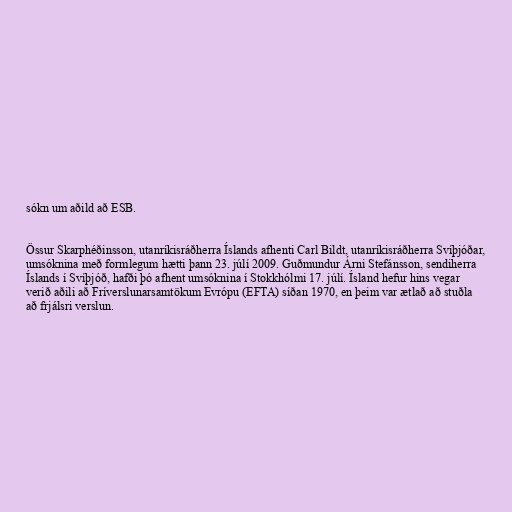
sókn um aðild að ESB.

Össur Skarphéðinsson, utanríkisráðherra Íslands afhenti Carl Bildt, utanríkisráðherra Svíþjóðar,
umsóknina með formlegum hætti þann 23. júlí 2009. Guðmundur Árni Stefánsson, sendiherra
Íslands í Svíþjóð, hafði þó afhent umsóknina í Stokkhólmi 17. júlí. Ísland hefur hins vegar
verið aðili að Fríverslunarsamtökum Evrópu (EFTA) síðan 1970, en þeim var ætlað að stuðla
að frjálsri verslun.